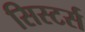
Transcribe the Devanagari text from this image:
सिस्टर्स